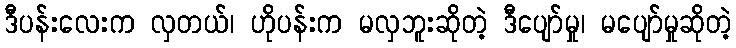
ဒီပန်းလေးက လှတယ်၊ ဟိုပန်းက မလှဘူးဆိုတဲ့ ဒီပျော်မှု၊ မပျော်မှုဆိုတဲ့